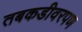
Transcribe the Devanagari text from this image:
तबकडीवरपण